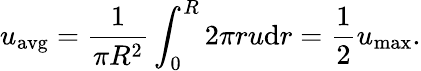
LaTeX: {u}_{\mathrm{avg}}={\frac{1}{\pi R^{2}}}\int_{0}^{R}2\pi ru\mathrm{d}r={\frac{1}{2}}{u}_{\mathrm{max}}.